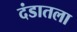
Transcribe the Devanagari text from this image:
दंडातला